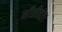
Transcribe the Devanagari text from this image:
नीतीवंत।